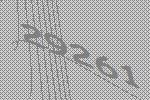
29261